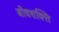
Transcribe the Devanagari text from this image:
बोधशक्ति